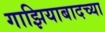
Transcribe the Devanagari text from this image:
गाझियाबादच्या